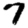
Digit: 7